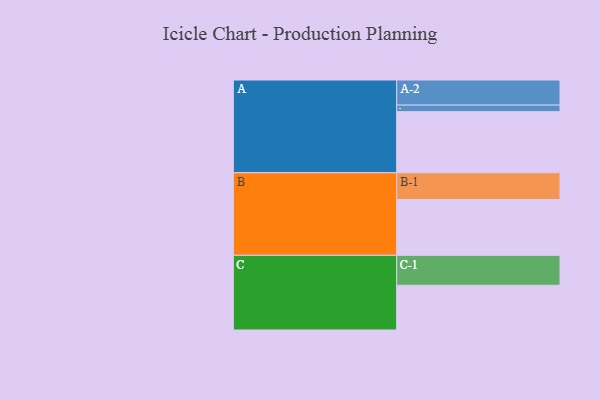
{"axis": {"x": "Segment", "y": "Value"}, "legend": ["", "A", "B", "C"], "data": [{"x": "A", "y": 504, "type": ""}, {"x": "B", "y": 460, "type": ""}, {"x": "C", "y": 369, "type": ""}, {"x": "A-1", "y": 54, "type": "A"}, {"x": "A-2", "y": 207, "type": "A"}, {"x": "B-1", "y": 221, "type": "B"}, {"x": "C-1", "y": 247, "type": "C"}]}